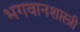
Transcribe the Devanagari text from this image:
भगवानशास्त्री